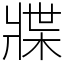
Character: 牃